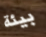
بيئة